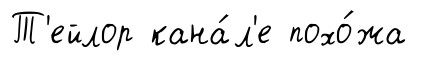
Т'ейлор кана́л'е похо́жа